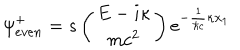
{ \psi } _ { e v e n } ^ { + } = s \left( \begin{array} { c } { { E - i { \kappa } } } \\ { { m c ^ { 2 } } } \\ \end{array} \right) e ^ { - \frac { 1 } { { \hbar } c } { \kappa } x _ { 1 } }